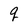
Character: q